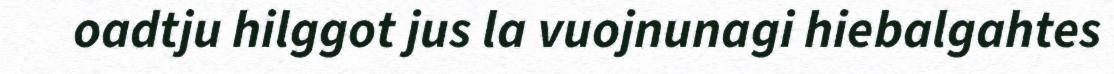
oadtju hilggot jus la vuojnunagi hiebalgahtes